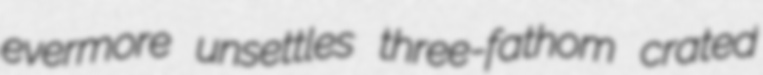
evermore unsettles three-fathom crated